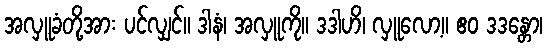
အလှူခံတို့အား ပင်လျှင်။ ဒါနံ၊ အလှူကို။ ဒဒါဟိ၊ လှူလော့။ ဧဝ ဒဒန္တော၊